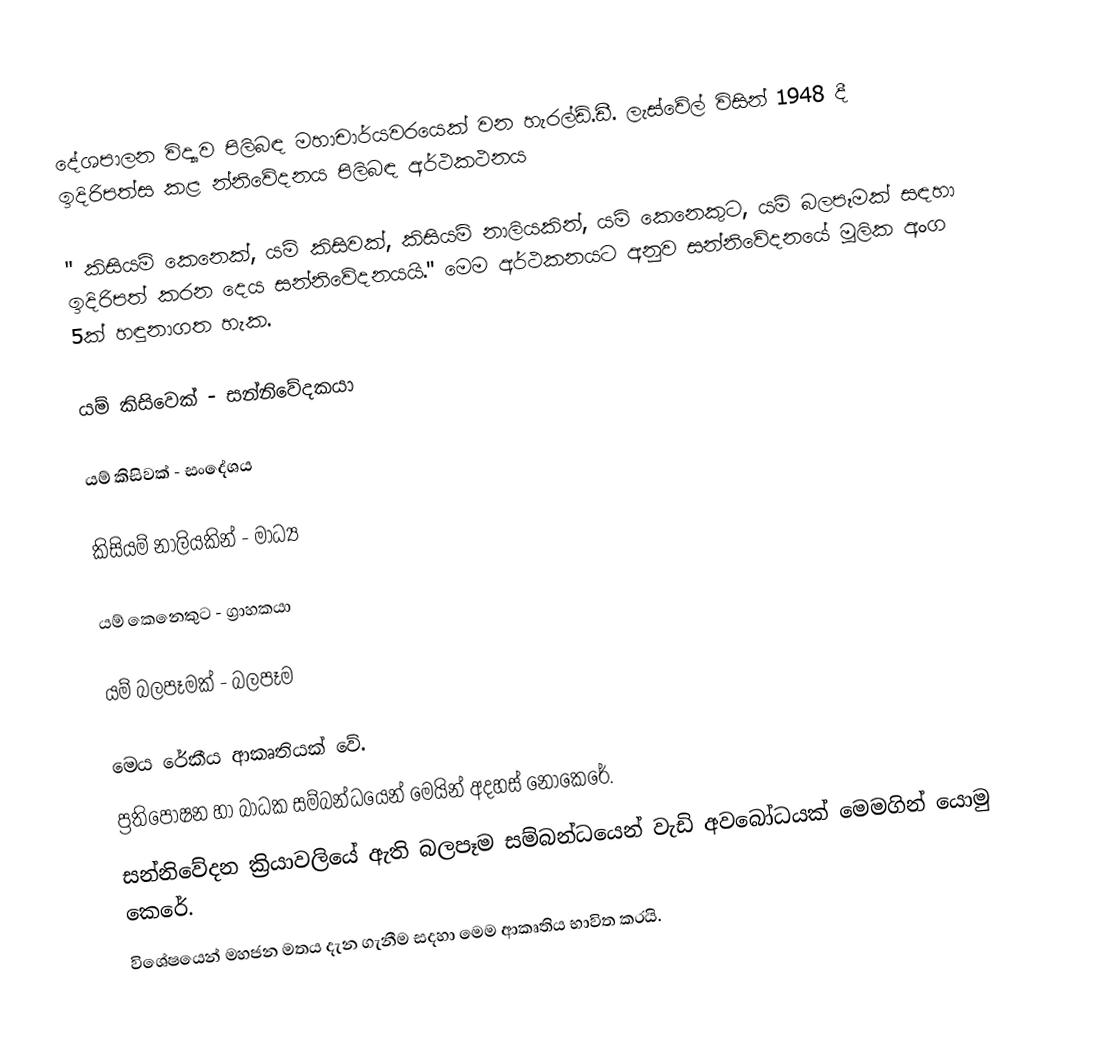
දේශපාලන විද්‍යාව පිලිබඳ මහාචාර්යවරයෙක් වන හැරල්ඩ්.ඩී. ලැස්වේල් විසින් 1948 දී ඉදිරිපත්ස කළ න්නිවේදනය පිලිබඳ අර්ථකථනය

" කිසියම් කෙනෙක්, යම් කිසිවක්, කිසියම් නාලියකින්, යම් කෙනෙකුට, යම් බලපෑමක් සඳහා ඉදිරිපත් කරන දෙය සන්නිවේදනයයි." මෙම අර්ථකනයට අනුව සන්නිවේදනයේ මූලික අංග 5ක් හඳුනාගත හැක.

යම් කිසිවෙක් - සන්නිවේදකයා

යම් කිසිවක් - සංදේශය

කිසියම් නාලියකින් - මාධ්‍ය

යම් කෙනෙකුට - ග්‍රාහකයා

යම් බලපෑමක් - බලපෑම

 මෙය රේකීය ආකෘතියක් වේ.
 ප්‍රතිපෝෂන හා බාධක සම්බන්ධයෙන් මෙයින් අදහස් නොකෙරේ.
සන්නිවේදන ක්‍රියාවලියේ ඇති බලපෑම සම්බන්ධයෙන් වැඩි අවබෝධයක් මෙමගින් යොමු කෙරේ.
 විශේෂයෙන් මහජන මතය දැන ගැනීම   සදහා මෙම ආකෘතිය භාවිත කරයි.